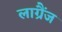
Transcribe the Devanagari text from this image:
लाग्रैंज